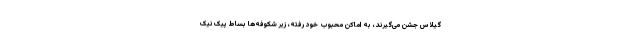
گیلاس جشن می‌گیرند، به اماکن محبوب خود رفته، زیر شکوفه‌ها بساط پیک‌نیک